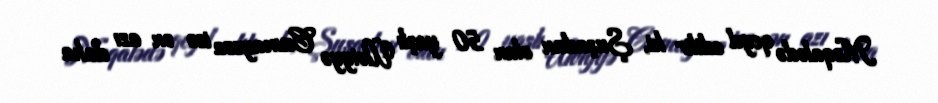
Məqalədə qeyd edilir ki, Şuşadan olan 50 yaşlı Ülviyyə Cumayeva isə ən azı daha